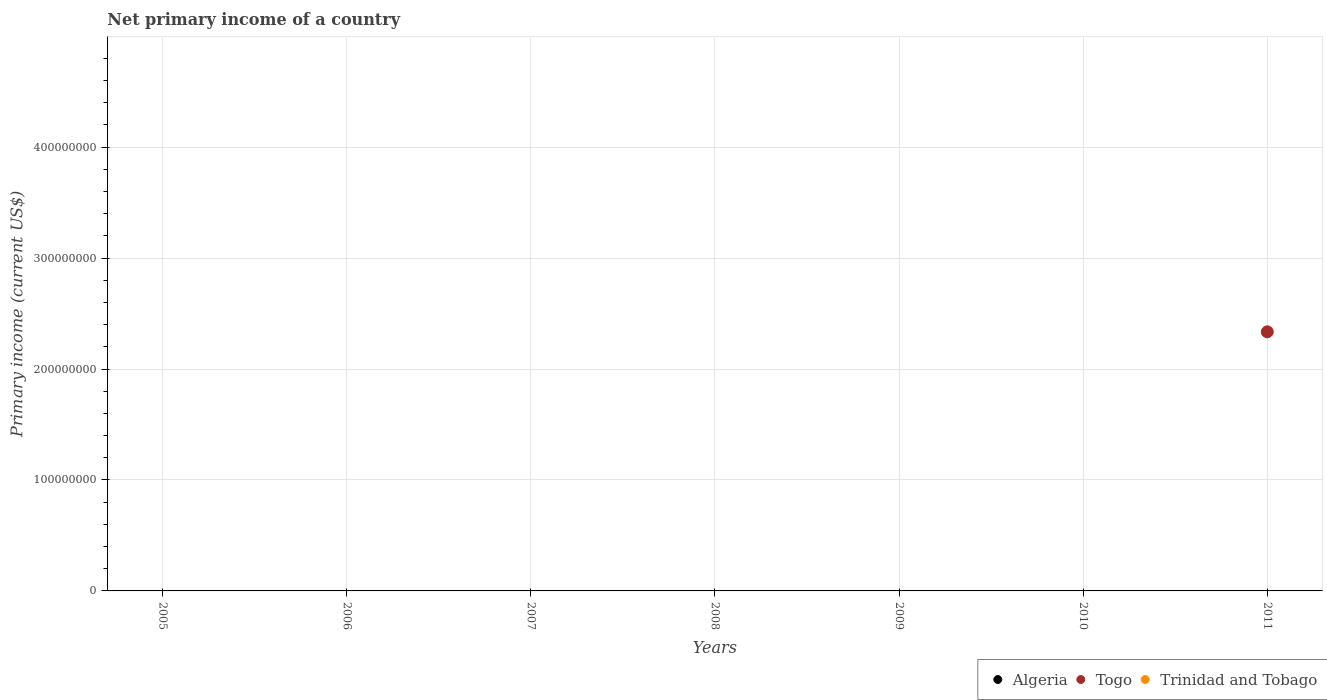
| Years | Algeria | Togo | Trinidad and Tobago |
 | --- | --- | --- | --- |
 | 2005 | -5.09e+09 | -3.45e+07 | -7.93e+08 |
 | 2006 | -4.64e+09 | -3.78e+07 | -9.56e+08 |
 | 2007 | -1.98e+09 | -3.02e+07 | -9.69e+08 |
 | 2008 | -1.23e+09 | -1.51e+07 | -1.23e+09 |
 | 2009 | -1.31e+09 | -1.9e+07 | -1.02e+09 |
 | 2010 | -3.87e+08 | -2.35e+07 | -1.08e+09 |
 | 2011 | -2.11e+09 | 2.34e+08 | -3.07e+09 |